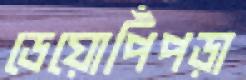
ডেয়োপিঁপড়া